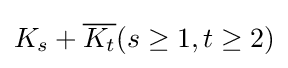
K_{s}+{\overline {K_{t}}}(s\geq 1,t\geq 2)